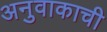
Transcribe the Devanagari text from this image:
अनुवाकाची